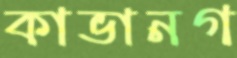
কাভানগ